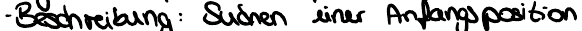
- Beschreibung: Suchen einer Anfangsposition